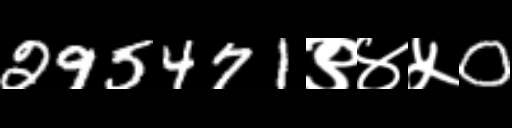
Text: 295471९४५0